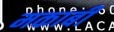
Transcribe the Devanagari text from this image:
मकाबी